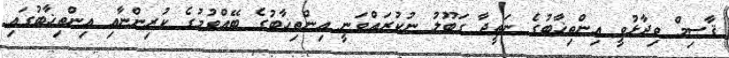
ޤާސިމް ވިދާޅުވީ އިންތިޚާބުގެ ނަތީޖާ ގަބޫލު ނުކުރައްވަނީ އިންތިޚާބުގެ ބޭއްވުމުގެ ކުރިންނާއި އިންތިޚާބުގައި